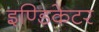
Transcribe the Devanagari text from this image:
इण्डिकेटर